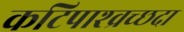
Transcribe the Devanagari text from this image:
कटिपाश्व्रच्छदा